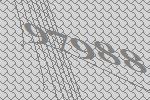
97988